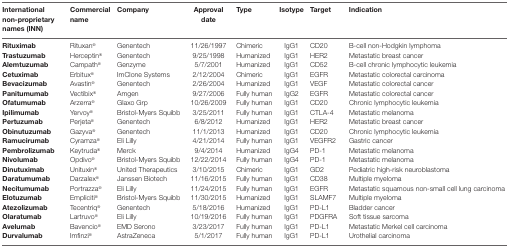
<table><thead><tr><td><b>International non-proprietary names (INN)</b></td><td><b>Commercial name</b></td><td><b>Company</b></td><td><b>Approval date</b></td><td><b>Type</b></td><td><b>Isotype</b></td><td><b>Target</b></td><td><b>Indication</b></td></tr></thead><tbody><tr><td><b>Rituximab</b></td><td>Rituxan<sup>®</sup></td><td>Genentech</td><td>11/26/1997</td><td>Chimeric</td><td>IgG1</td><td>CD20</td><td>B-cell non-Hodgkin lymphoma</td></tr><tr><td><b>Trastuzumab</b></td><td>Herceptin<sup>®</sup></td><td>Genentech</td><td>9/25/1998</td><td>Humanized</td><td>IgG1</td><td>HER2</td><td>Metastatic breast cancer</td></tr><tr><td><b>Alemtuzumab</b></td><td>Campath<sup>®</sup></td><td>Genzyme</td><td>5/7/2001</td><td>Humanized</td><td>IgG1</td><td>CD52</td><td>B-cell chronic lymphocytic leukemia</td></tr><tr><td><b>Cetuximab</b></td><td>Erbitux<sup>®</sup></td><td>ImClone Systems</td><td>2/12/2004</td><td>Chimeric</td><td>IgG1</td><td>EGFR</td><td>Metastatic colorectal carcinoma</td></tr><tr><td><b>Bevacizumab</b></td><td>Avastin<sup>®</sup></td><td>Genentech</td><td>2/26/2004</td><td>Humanized</td><td>IgG1</td><td>VEGF</td><td>Metastatic colorectal cancer</td></tr><tr><td><b>Panitumumab</b></td><td>Vectibix<sup>®</sup></td><td>Amgen</td><td>9/27/2006</td><td>Fully human</td><td>IgG2</td><td>EGFR</td><td>Metastatic colorectal cancer</td></tr><tr><td><b>Ofatumumab</b></td><td>Arzerra<sup>®</sup></td><td>Glaxo Grp</td><td>10/26/2009</td><td>Fully human</td><td>IgG1</td><td>CD20</td><td>Chronic lymphocytic leukemia</td></tr><tr><td><b>Ipilimumab</b></td><td>Yervoy<sup>®</sup></td><td>Bristol-Myers Squibb</td><td>3/25/2011</td><td>Fully human</td><td>IgG1</td><td>CTLA-4</td><td>Metastatic melanoma</td></tr><tr><td><b>Pertuzumab</b></td><td>Perjeta<sup>®</sup></td><td>Genentech</td><td>6/8/2012</td><td>Humanized</td><td>IgG1</td><td>HER2</td><td>Metastatic breast cancer</td></tr><tr><td><b>Obinutuzumab</b></td><td>Gazyva<sup>®</sup></td><td>Genentech</td><td>11/1/2013</td><td>Humanized</td><td>IgG1</td><td>CD20</td><td>Chronic lymphocytic leukemia</td></tr><tr><td><b>Ramucirumab</b></td><td>Cyramza<sup>®</sup></td><td>Eli Lilly</td><td>4/21/2014</td><td>Fully human</td><td>IgG1</td><td>VEGFR2</td><td>Gastric cancer</td></tr><tr><td><b>Pembrolizumab</b></td><td>Keytruda<sup>®</sup></td><td>Merck</td><td>9/4/2014</td><td>Humanized</td><td>IgG4</td><td>PD-1</td><td>Metastatic melanoma</td></tr><tr><td><b>Nivolumab</b></td><td>Opdivo<sup>®</sup></td><td>Bristol-Myers Squibb</td><td>12/22/2014</td><td>Fully human</td><td>IgG4</td><td>PD-1</td><td>Metastatic melanoma</td></tr><tr><td><b>Dinutuximab</b></td><td>Unituxin<sup>®</sup></td><td>United Therapeutics</td><td>3/10/2015</td><td>Chimeric</td><td>IgG1</td><td>GD2</td><td>Pediatric high-risk neuroblastoma</td></tr><tr><td><b>Daratumumab</b></td><td>Darzalex<sup>®</sup></td><td>Janssen Biotech</td><td>11/16/2015</td><td>Fully human</td><td>IgG1</td><td>CD38</td><td>Multiple myeloma</td></tr><tr><td><b>Necitumumab</b></td><td>Portrazza<sup>®</sup></td><td>Eli Lilly</td><td>11/24/2015</td><td>Fully human</td><td>IgG1</td><td>EGFR</td><td>Metastatic squamous non-small cell lung carcinoma</td></tr><tr><td><b>Elotuzumab</b></td><td>Empliciti<sup>®</sup></td><td>Bristol-Myers Squibb</td><td>11/30/2015</td><td>Humanized</td><td>IgG1</td><td>SLAMF7</td><td>Multiple myeloma</td></tr><tr><td><b>Atezolizumab</b></td><td>Tecentriq<sup>®</sup></td><td>Genentech</td><td>5/18/2016</td><td>Humanized</td><td>IgG1</td><td>PD-L1</td><td>Bladder cancer</td></tr><tr><td><b>Olaratumab</b></td><td>Lartruvo<sup>®</sup></td><td>Eli Lilly</td><td>10/19/2016</td><td>Fully human</td><td>IgG1</td><td>PDGFRA</td><td>Soft tissue sarcoma</td></tr><tr><td><b>Avelumab</b></td><td>Bavencio<sup>®</sup></td><td>EMD Serono</td><td>3/23/2017</td><td>Fully human</td><td>IgG1</td><td>PD-L1</td><td>Metastatic Merkel cell carcinoma</td></tr><tr><td><b>Durvalumab</b></td><td>Imfinzi<sup>®</sup></td><td>AstraZeneca</td><td>5/1/2017</td><td>Fully human</td><td>IgG1</td><td>PD-L1</td><td>Urothelial carcinoma</td></tr></tbody></table>